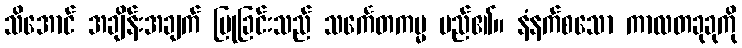
သိအောင် အချိန်းအချက် ပြုခြင်းသည် သင်္ကေတကမ္မ မည်၏။ နံနက်စသော ကာလတခုခုကို